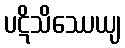
ပဋိသိဿေယျ